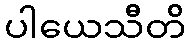
ပါယေသီတိ